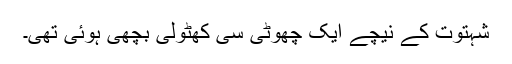
شہتوت کے نیچے ایک چھوٹی سی کھٹولی بچھی ہوئی تھی۔